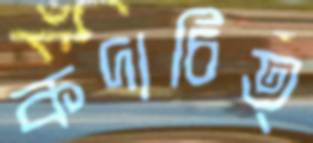
কদাচিত্